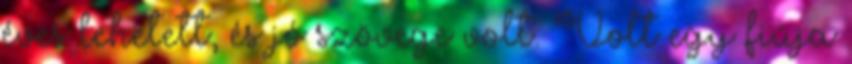
éves lehetett, és jó szövege volt. Volt egy fiúja